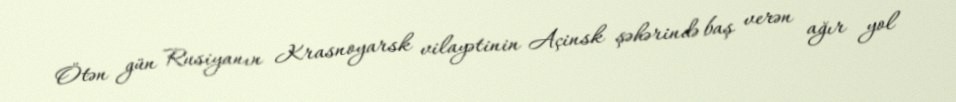
Ötən gün Rusiyanın Krasnoyarsk vilayətinin Açinsk şəhərində baş verən ağır yol